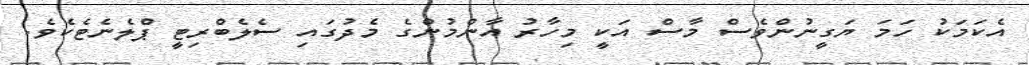
އެކަމަކު ހަމަ ޔަގީނުންވެސް މާސް އަކީ މިހާރު އާންމުންގެ މެދުގައި ސެލެބްރިޓީ ޕްލެނެޓެކެވެ.